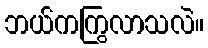
ဘယ်ကကြွလာသလဲ။